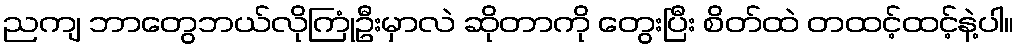
ညကျ ဘာတွေဘယ်လိုကြုံဦးမှာလဲ ဆိုတာကို တွေးပြီး စိတ်ထဲ တထင့်ထင့်နဲ့ပါ။